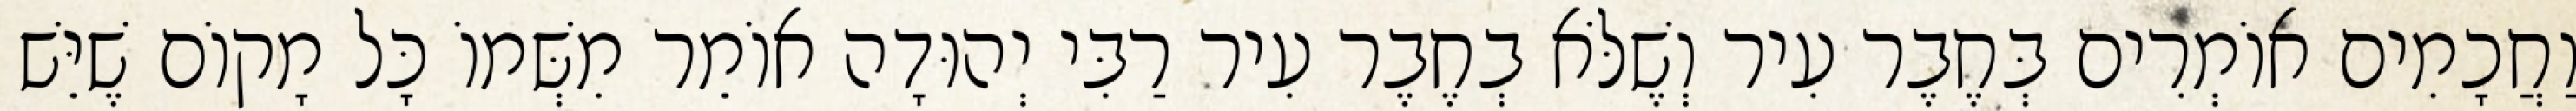
וַחֲכָמִים אוֹמְרִים בְּחֶבֶר עִיר וְשֶׁלֹּא בְחֶבֶר עִיר רַבִּי יְהוּדָה אוֹמֵר מִשְּׁמוֹ כָּל מָקוֹם שֶׁיֵּשׁ